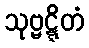
သုဗ္ဗဋ္ဋိတံ